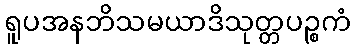
ရူပအနဘိသမယာဒိသုတ္တပဉ္စကံ